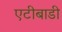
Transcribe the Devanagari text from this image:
एटीबाडी